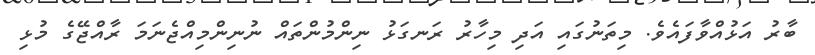
ބާރު އަޅުއްވާފައެވެ. މިތަނުގައި އަދި މިހާރު ރަނގަޅު ނިންމުންތައް ނުނިންމިއްޖެނަމަ ރާއްޖޭގެ މުޅި